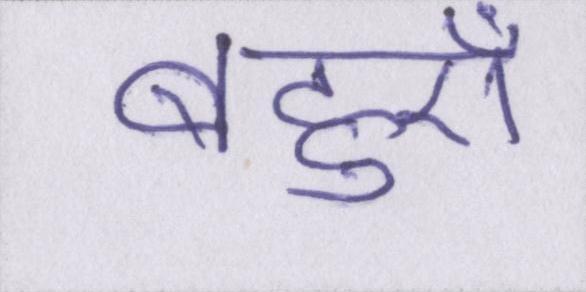
बहुएँ